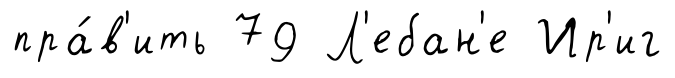
пра́в'ить 79 Л'ебан'е Ир'иг